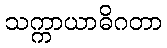
သက္ကာယာဓိဂတာ